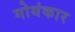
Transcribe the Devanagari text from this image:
गोयंकार